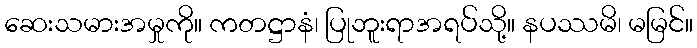
ဆေးသမားအမှုကို။ ကတဋ္ဌာနံ၊ ပြုဘူးရာအရပ်သို့။ နပဿမိ၊ မမြင်။